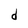
Character: d